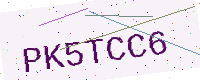
Text: PK5TCC6